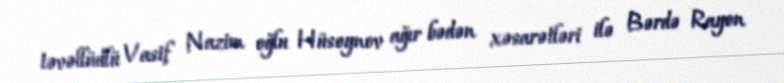
təvəllüdlü Vasif Nazim oğlu Hüseynov ağır bədən xəsarətləri ilə Bərdə Rayon